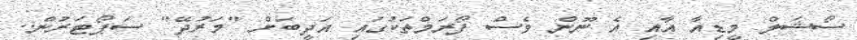
ސޯޝަލް މީޑިއާ އާއި އެ ނޫން ވެސް ފޯރަމްތަކުގައި އަދީބަށް "މަރުދޭ" ސަޕޯޓަރުން..